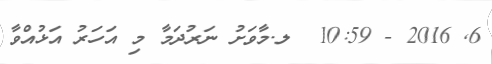
6